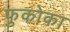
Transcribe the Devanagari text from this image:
फुकोका